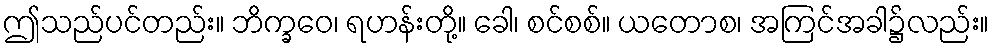
ဤသည်ပင်တည်း။ ဘိက္ခဝေ၊ ရဟန်းတို့။ ခေါ၊ စင်စစ်။ ယတောစ၊ အကြင်အခါ၌လည်း။